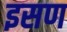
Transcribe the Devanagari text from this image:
इसण